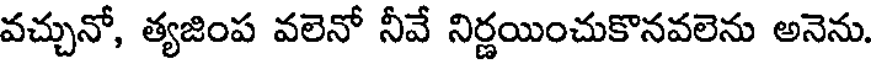
వచ్చునో, త్యజింప వలెనో నీవే నిర్ణయించుకొనవలెను అనెను.